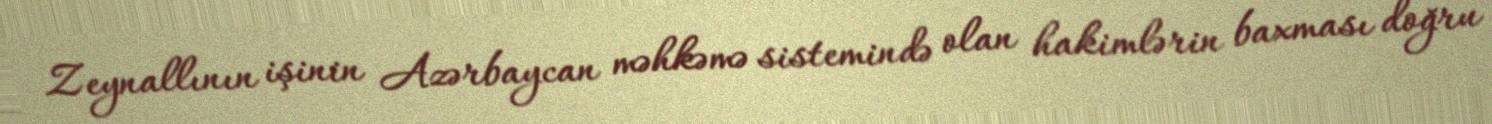
Zeynallının işinin Azərbaycan məhkəmə sistemində olan hakimlərin baxması doğru